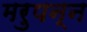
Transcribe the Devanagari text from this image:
मरुपन्न